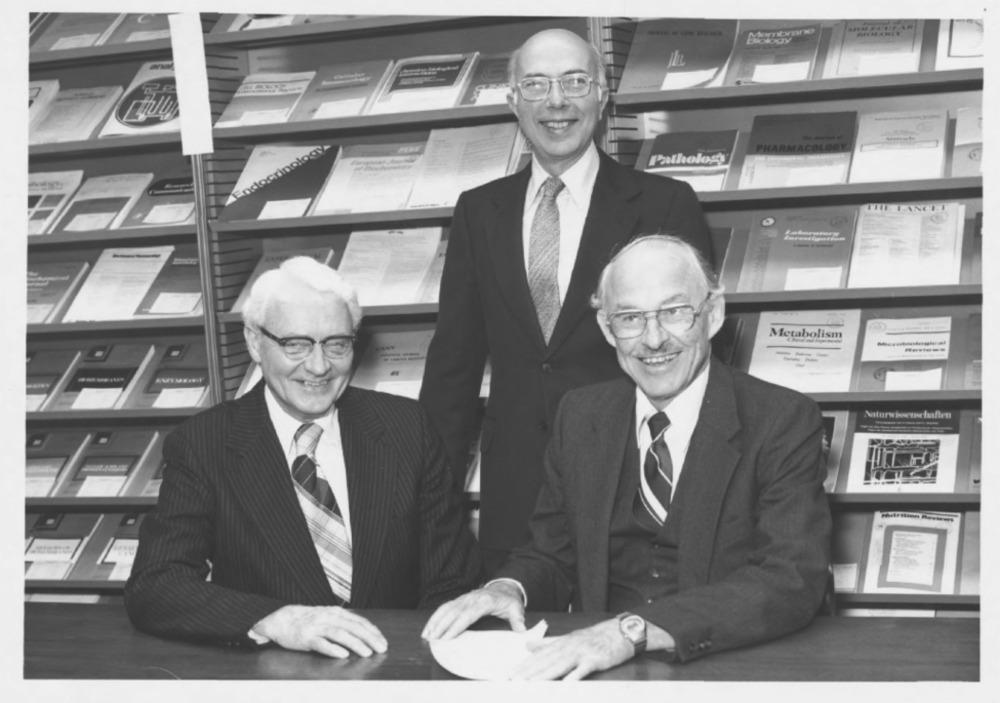
C
Mantenne
adocrinology
Pathology
Metabolism
---....
Naturwivemechaften